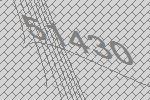
51430